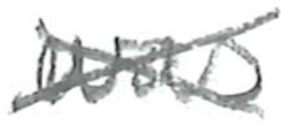
Text: was
Cross-out: cross
Writing tool: pencil